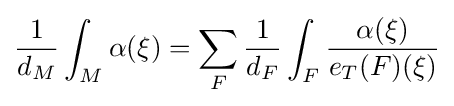
{1 \over d_{M}}\int _{M}\alpha (\xi )=\sum _{F}{1 \over d_{F}}\int _{F}{\alpha (\xi ) \over e_{T}(F)(\xi )}